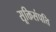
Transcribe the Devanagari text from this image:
सूक्तिसंपत्ति